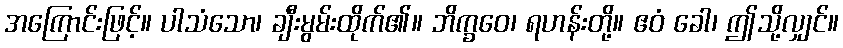
အကြောင်းဖြင့်။ ပါသံသော၊ ချီးမွမ်းထိုက်၏။ ဘိက္ခဝေ၊ ရဟန်းတို့။ ဧဝံ ခေါ၊ ဤသို့လျှင်။